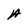
Character: A